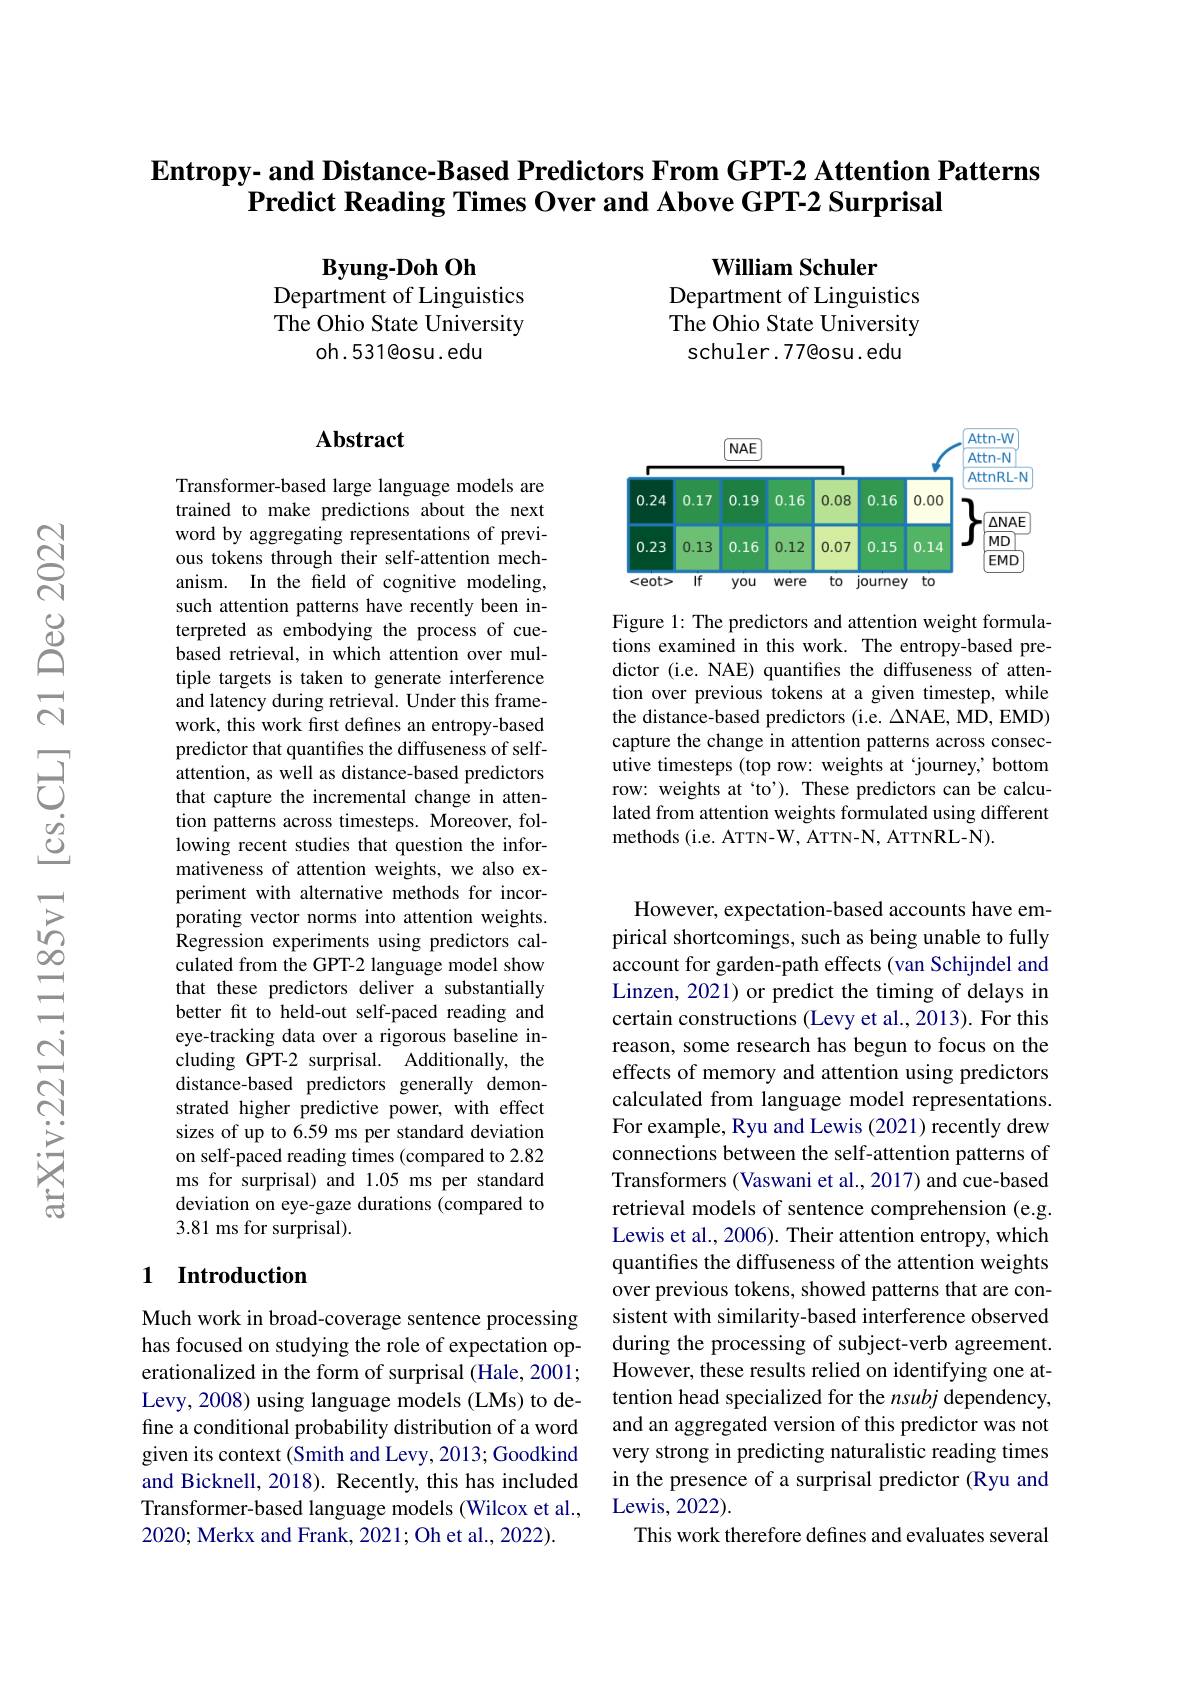
$\textbf{Entropy- and Distance- Based Predictors From GPT- 2 Attention Patterns}$
Predict Reading Times Over and Above GPT-2 Surprisal

$\textbf{Byung- Doh Oh}$
Department of Linguistics The Ohio State University
oh.531@osu.edu

William Schuler
Department of Linguistics The Ohio State University schuler .77@osu. edu

## Abstract

Transformer-based large language models are trained to make predictions about the next word by aggregating representations of previous tokens through their self-attention mechanism. In the field of cognitive modeling, such attention patterns have recently been interpreted as embodying the process of cuebased retrieval, in which attention over multiple targets is taken to generate interference and latency during retrieval. Under this framework, this work first defines an entropy-based predictor that quantifies the diffuseness of selfattention, as well as distance-based predictors that capture the incremental change in attention patterns across timesteps. Moreover, following recent studies that question the informativeness of attention weights, we also experiment with alternative methods for incorporating vector norms into attention weights. Regression experiments using predictors calculated from the GPT-2 language model show that these predictors deliver a substantially better fit to held-out self-paced reading and eye-tracking data over a rigorous baseline including GPT-2 surprisal. Additionally, the distance-based predictors generally demonstrated higher predictive power, with effect sizes of up to 6.59 ms per standard deviation on self-paced reading times (compared to 2.82 ms for surprisal) and 1.05 ms per standard deviation on eye-gaze durations (compared to 3.81 ms for surprisal).

## 1 Introduction

Much work in broad-coverage sentence processing has focused on studying the role of expectation operationalized in the form of surprisal (Hale, 2001; Levy, 2008) using language models (LMs) to define a conditional probability distribution of a word given its context (Smith and Levy, 2013; Goodkind and Bicknell, 2018). Recently, this has included Transformer-based language models (Wilcox et al., 2020; Merkx and Frank, 2021; Oh et al., 2022).

<FigureHere>

Figure 1: The predictors and attention weight formulations examined in this work. The entropy-based predictor (i.e. NAE) quantifies the diffuseness of attention over previous tokens at a given timestep, while the distance-based predictors (i.e. $\Delta$NAE, MD, EMD) capture the change in attention patterns across consecutive timesteps ( top row: weights at 'journey, bottom row: weights at `to'). These predictors can be calculated from attention weights formulated using different methods (i.e. ATTN-W, ATTN-N, ATTNRL-N).

However, expectation-based accounts have empirical shortcomings, such as being unable to fully account for garden-path effects (van Schijndel and Linzen, 2021) or predict the timing of delays in certain constructions (Levy et al., 2013). For this reason, some research has begun to focus on the effects of memory and attention using predictors calculated from language model representations. For example, Ryu and Lewis (2021) recently drew connections between the self-attention patterns of Transformers (Vaswani et al., 2017) and cue-based retrieval models of sentence comprehension (e.g. Lewis et al., 2006). Their attention entropy, which quantifies the diffuseness of the attention weights over previous tokens, showed patterns that are consistent with similarity-based interference observed during the processing of subject-verb agreement. However, these results relied on identifying one attention head specialized for the nsubj dependency, and an aggregated version of this predictor was not very strong in predicting naturalistic reading times in the presence of a surprisal predictor (Ryu and Lewis, 2022) .
This work therefore defines and evaluates several